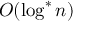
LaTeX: O ( \log ^ { * } n )